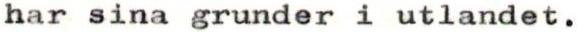
har sina grunder i utlandet.